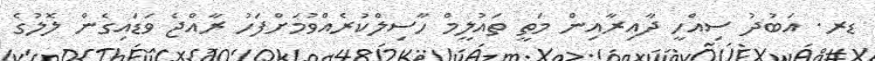
ޑރ. އަބުދު ސިއްހީ ދާއިރާއިން މަތީ ތައުލީމް ހާސިލްކުރެއްވުމަށްފަހު ރާއްޖެ ވަޑައިގެން ލޮލުގެ